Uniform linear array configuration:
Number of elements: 8
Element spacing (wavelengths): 0.75
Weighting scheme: kaiser
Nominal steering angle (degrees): -30
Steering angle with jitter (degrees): -31.145
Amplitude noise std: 0.05
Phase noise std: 0.05

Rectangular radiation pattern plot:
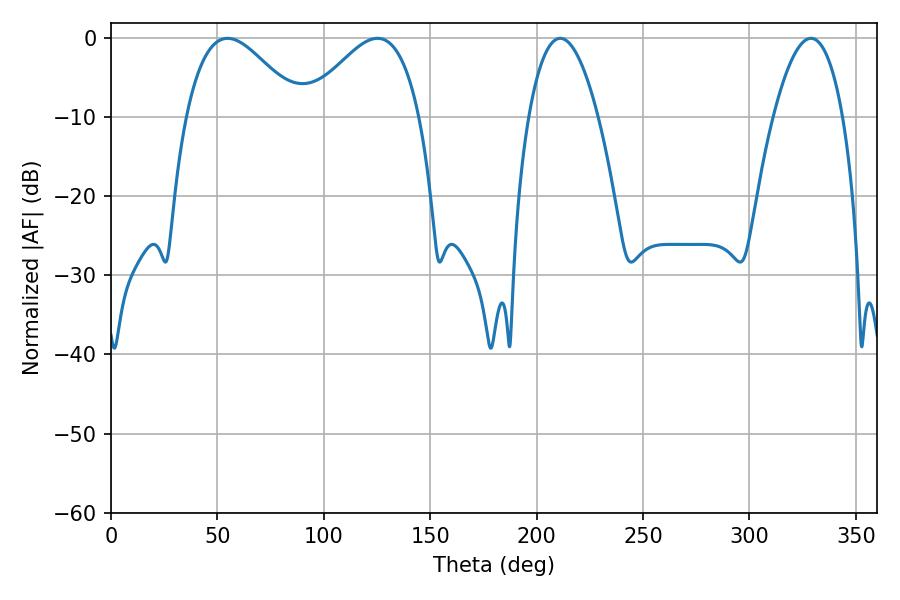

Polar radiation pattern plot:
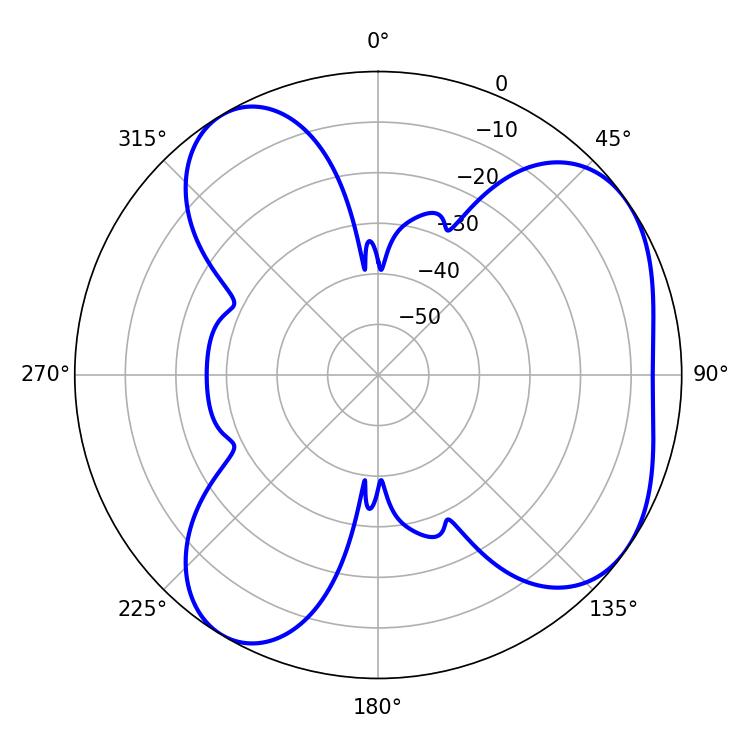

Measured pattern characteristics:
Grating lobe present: TRUE
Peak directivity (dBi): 5.368
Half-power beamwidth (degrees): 28.98
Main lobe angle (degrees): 54.72